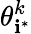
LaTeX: \theta_{\mathbf{i}^{*}}^{k}